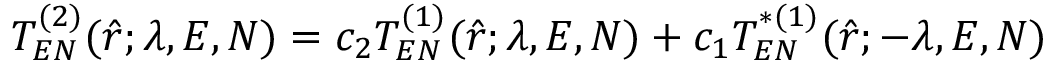
T _ { E N } ^ { ( 2 ) } ( \hat { r } ; \lambda , E , N ) = c _ { 2 } T _ { E N } ^ { ( 1 ) } ( \hat { r } ; \lambda , E , N ) + c _ { 1 } T _ { E N } ^ { * ( 1 ) } ( \hat { r } ; - \lambda , E , N )